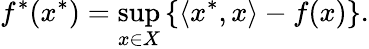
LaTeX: f^{*}(x^{*})=\operatorname*{sup}_{x\in X}\left\{ \langle x^{*},x\rangle-f(x)\right\} .